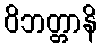
ဝိဘတ္တာနိ